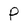
Character: P